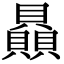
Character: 贔